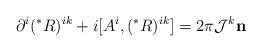
LaTeX: \begin{align*}\partial^i(^*R)^{ik} + i [A^i,(^*R)^{ik}] = 2\pi {\cal J}^k {\bf n} \end{align*}